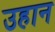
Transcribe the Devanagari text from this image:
उहान